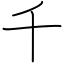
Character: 千